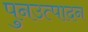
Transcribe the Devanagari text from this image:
पुनउत्पादन